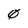
Character: 0